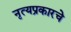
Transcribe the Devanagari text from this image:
नृत्यप्रकारचे